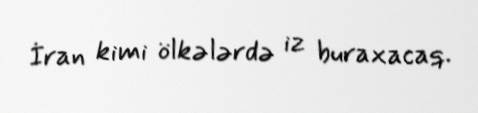
İran kimi ölkələrdə iz buraxacaq.